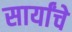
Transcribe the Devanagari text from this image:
सार्यांचे